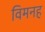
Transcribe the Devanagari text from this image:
विमनह